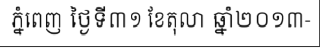
ភ្នំពេញ ថ្ងៃទី៣១ ខែតុលា ឆ្នាំ២០១៣-